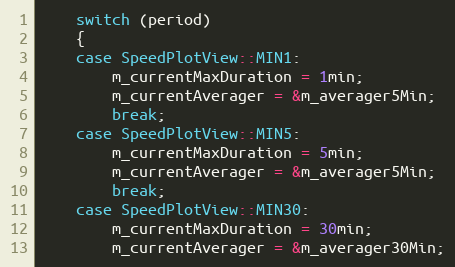
Language: C++
    switch (period)
    {
    case SpeedPlotView::MIN1:
        m_currentMaxDuration = 1min;
        m_currentAverager = &m_averager5Min;
        break;
    case SpeedPlotView::MIN5:
        m_currentMaxDuration = 5min;
        m_currentAverager = &m_averager5Min;
        break;
    case SpeedPlotView::MIN30:
        m_currentMaxDuration = 30min;
        m_currentAverager = &m_averager30Min;